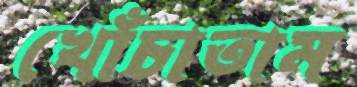
খোঁচাতাম